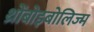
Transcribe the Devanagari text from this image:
थ्रोंबोइबोलिज्म